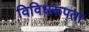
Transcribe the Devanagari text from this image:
विविधरूपता